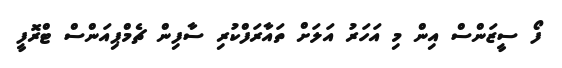
ފޯ ސީޒަންސް އިން މި އަހަރު އަލަށް ތައާރަފްކުރި ސާފިން ޗެމްޕިއަންސް ޓްރޮފީ